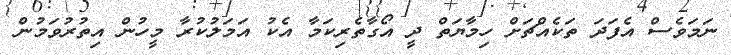
ނަމަވެސް އެފަދަ ތަކެއްޗަށް ހިމާޔަތް ދީ އޯގާތެރިކަމާ އެކު އަމަލުކުރާ މީހުން އިތުރުވަމުން